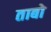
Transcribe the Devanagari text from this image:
ताबो